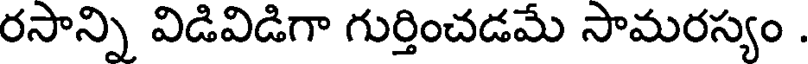
రసాన్ని విడివిడిగా గుర్తించడమే సామరస్యం .